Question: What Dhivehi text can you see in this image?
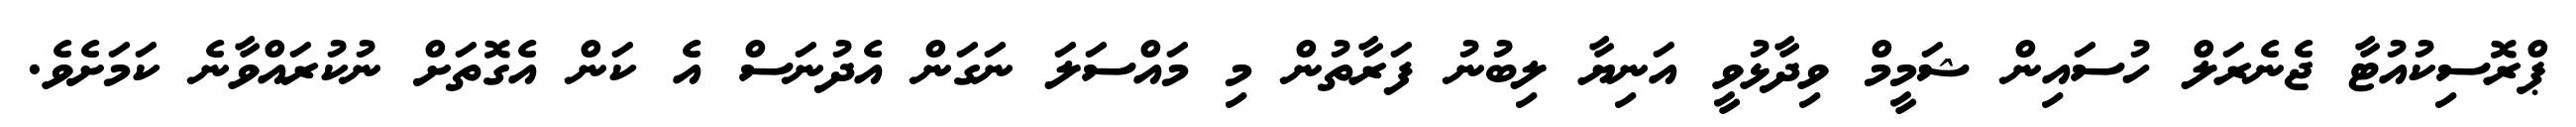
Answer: ޕްރޮސިކުއުޓާ ޖެނެރަލް ހުސައިން ޝަމީމް ވިދާޅުވީ އަނިޔާ ލިބުނު ފަރާތުން މި މައްސަލަ ނަގަން އެދުނަސް އެ ކަން އެގޮތަށް ނުކުރައްވާނެ ކަމަށެވެ.